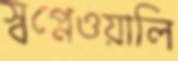
স্বপ্নেওয়ালি